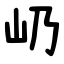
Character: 屷